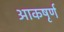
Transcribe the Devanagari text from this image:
आकषृर्ण